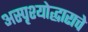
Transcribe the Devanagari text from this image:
अस्पृश्योद्धाराचे